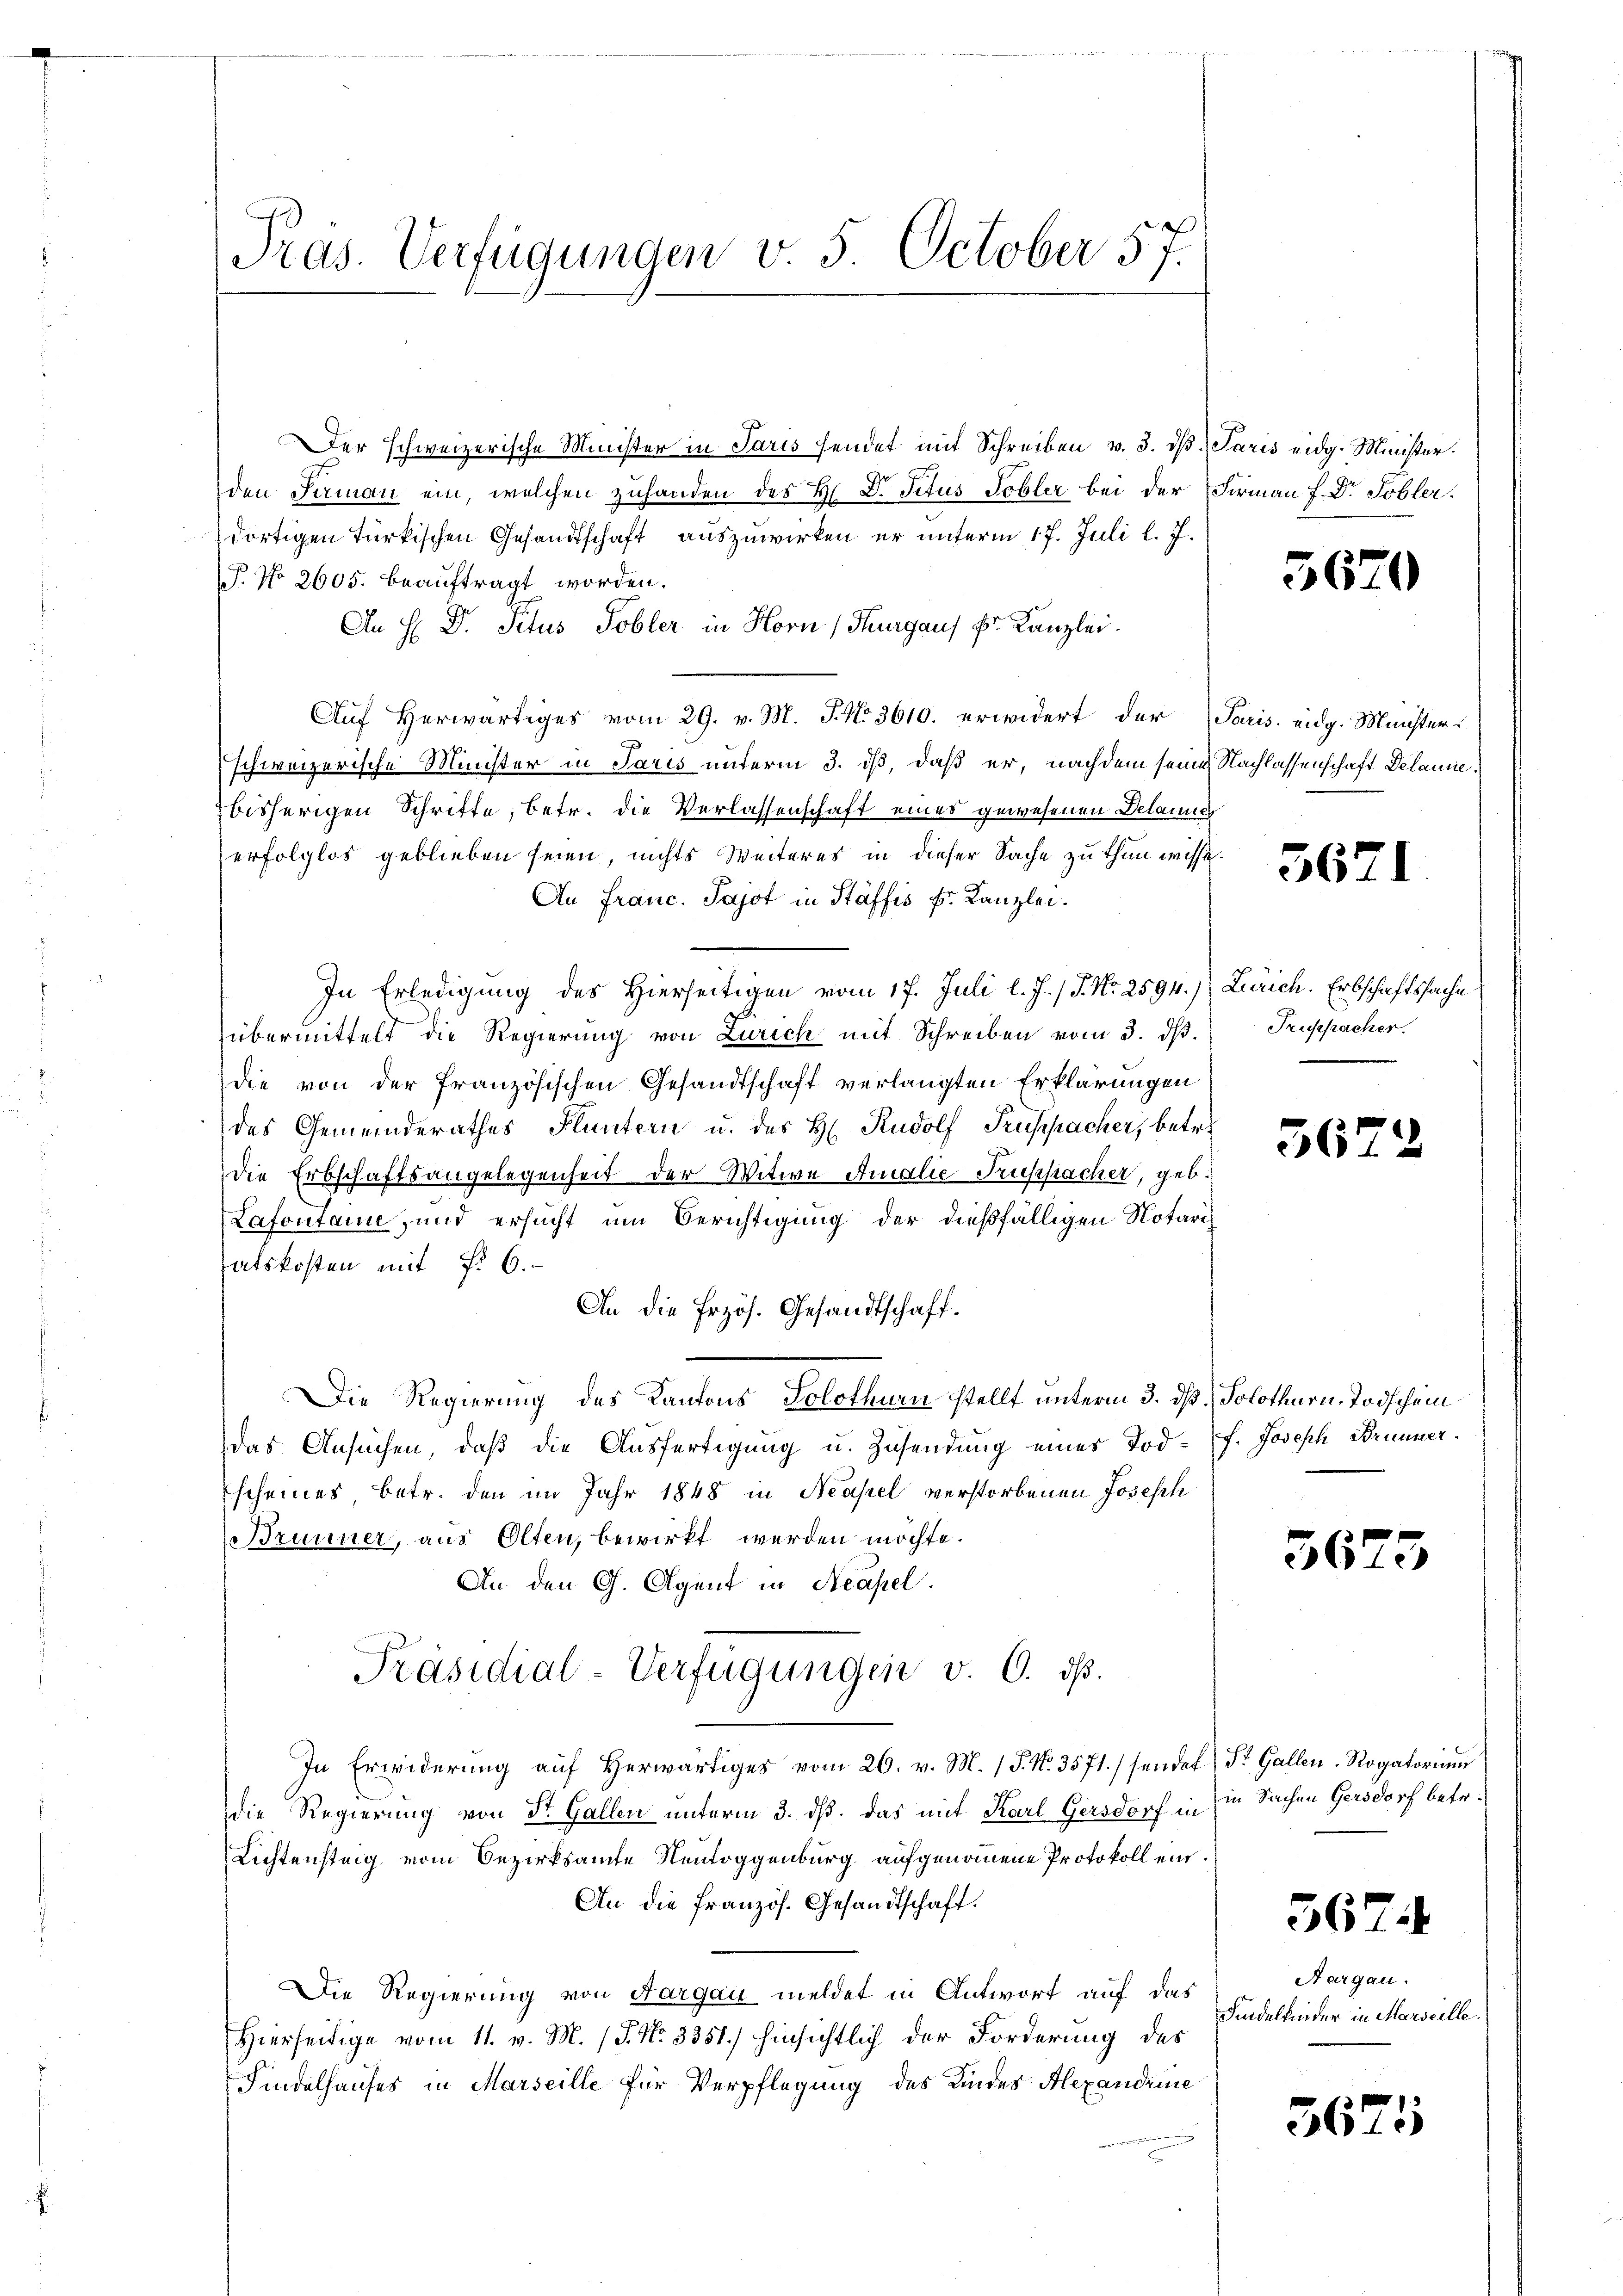
Präs. Verfügungen v. 5. October 57.

Der schweizerische Minister in Paris sendet mit Schreiben v. 3. dβ. Paris eidg. Minister.
den Firman ein, welchen zuhanden des H. D. Titus Tobler bei der Firmann f. Dr. Tobler.
dortigen türkischen Gesandtschaft auszuwirken, er unterm 17. Juli l. J.
P. No 2605. beauftragt worden.
An H: Dr. Pitus Tobler in Horn Thurgaus Dr. Kanzlei.
Auf herwärtiges vom 29. v. M. P. No 3610. erwidert der Paris eidg. Münster
schweizerische Minister in Paris unterm 3. dß, daß er, nachdem seine Nachlassenschaft Delanne
bisherigen Schritte, betr. die Verlassenschaft eines gewesenen Delanne
erfolglos geblieben seien, nichts Weiteres in dieser Sache zu thun wisse.
An Franc. Pajot in Stäffis Dr. Kanzlei.
In Erledigung des Hierseitigen vom 17. Juli l. J. / P. Nr. 2594.) Zürich. Erbschaftssache
übermittelt die Regierung von Zürich mit Schreiben vom 3. dβ.
die von der französischen Gesandtschaft verlangten Erklärungen
des Gemeinderathes Fluntern u. des H. Rudolf Truspacher, betre
die Erbschaftsangelegenheit der Witwe Amalie Truppacher, geb.
Lafontaire, und ersucht um Berichtigung der dießfälligen Notaris
atskosten mit §. 6.
An die Erzös. Gesandtschaft.
Die Regierung des Kantons Solothurn stellt unterm 3. dß. Solothurn, Todschein
das Ansuchen, daß die Ausfertigung u. Zusendung eines Todscheines betr. den im Jahr 1848 in Neapel verstorbenen Joseph
Brunner, aus Olten, bewirkt werden möchte.
An den G. Agent in Neapel.
Präsidial-Verfügungen v. 6. dβ.
In Erwiderung auf Herwärtiges vom 26. v. M. (T. No. 3571. / sendet St. Gallen. Rogatorium
die Regierung von Dr. Gallen unterm 3. dß. Das mit Karl Gersdorf in
Richtensteig vom Bezirksamte Neutoggenburg aufgenommene Protokoll ein.
An die französ. Gesandtschaft.
Die Regierung von Aargau meldet in Antwort auf das
Hierseitige vom 11. v. M. (T. N. 3351.) hinsichtlich der Forderung des
Findelhauses in Marseille für Verpflegung des Kindes Alexandeine

5670

5671

Truppacher.

5672

f. Joseph Brunner.

3675

in Sachen Gersdorf betr.

567.

Aargau.
Findelkinder in Marseille.

3675